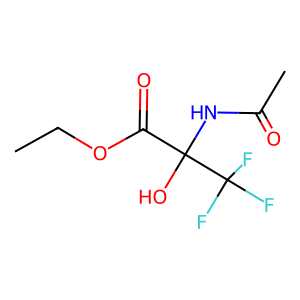
SMILES: CCOC(=O)C(O)(NC(C)=O)C(F)(F)F
Inhibits HIV replication: No